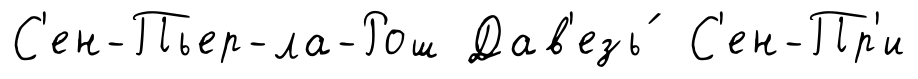
С'ен-Пьер-ла-Рош Дав'езь́ С'ен-Пр'и